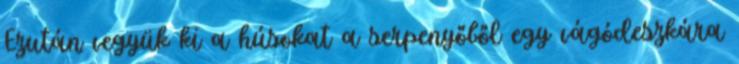
Ezután vegyük ki a húsokat a serpenyőből egy vágódeszkára